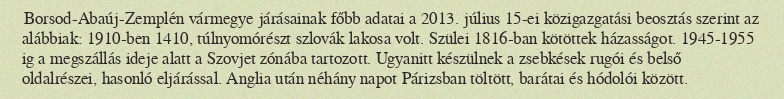
Borsod-Abaúj-Zemplén vármegye járásainak főbb adatai a 2013. július 15-ei közigazgatási beosztás szerint az alábbiak: 1910-ben 1410, túlnyomórészt szlovák lakosa volt. Szülei 1816-ban kötöttek házasságot. 1945-1955 ig a megszállás ideje alatt a Szovjet zónába tartozott. Ugyanitt készülnek a zsebkések rugói és belső oldalrészei, hasonló eljárással. Anglia után néhány napot Párizsban töltött, barátai és hódolói között.